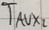
Text: TAUX,2